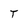
Character: T